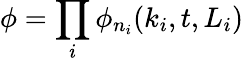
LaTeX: \phi=\prod_{i}\phi_{n_{i}}(k_{i},t,L_{i})